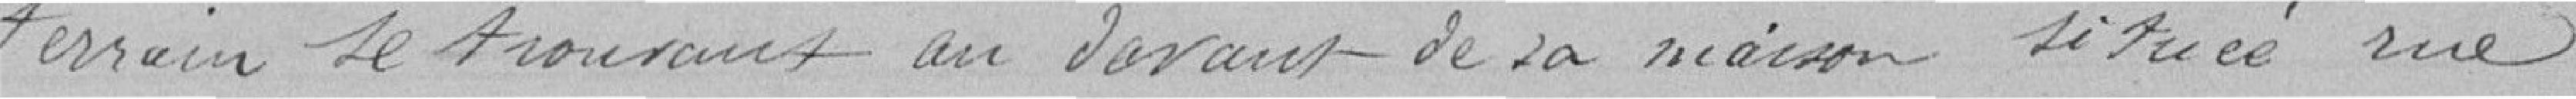
terrain se trouvant au devant de sa maison située rue